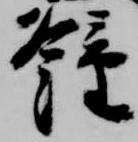
鐘